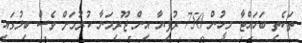
ތަކެތި ބަހައްޓާ މީހުން 750 ރުފިޔާ އިން ޖޫރިމަނާ ކުރުމަށް ވެސް ބިލުގައި